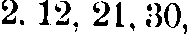
2. 12, 21. 30,